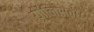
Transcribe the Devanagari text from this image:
योनिसंबंध